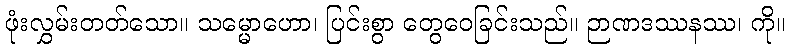
ဖုံးလွှမ်းတတ်သော။ သမ္မောဟော၊ ပြင်းစွာ တွေဝေခြင်းသည်။ ဉာဏဒဿနဿ၊ ကို။